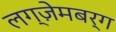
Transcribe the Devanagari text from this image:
लग्ज़ेमबर्ग